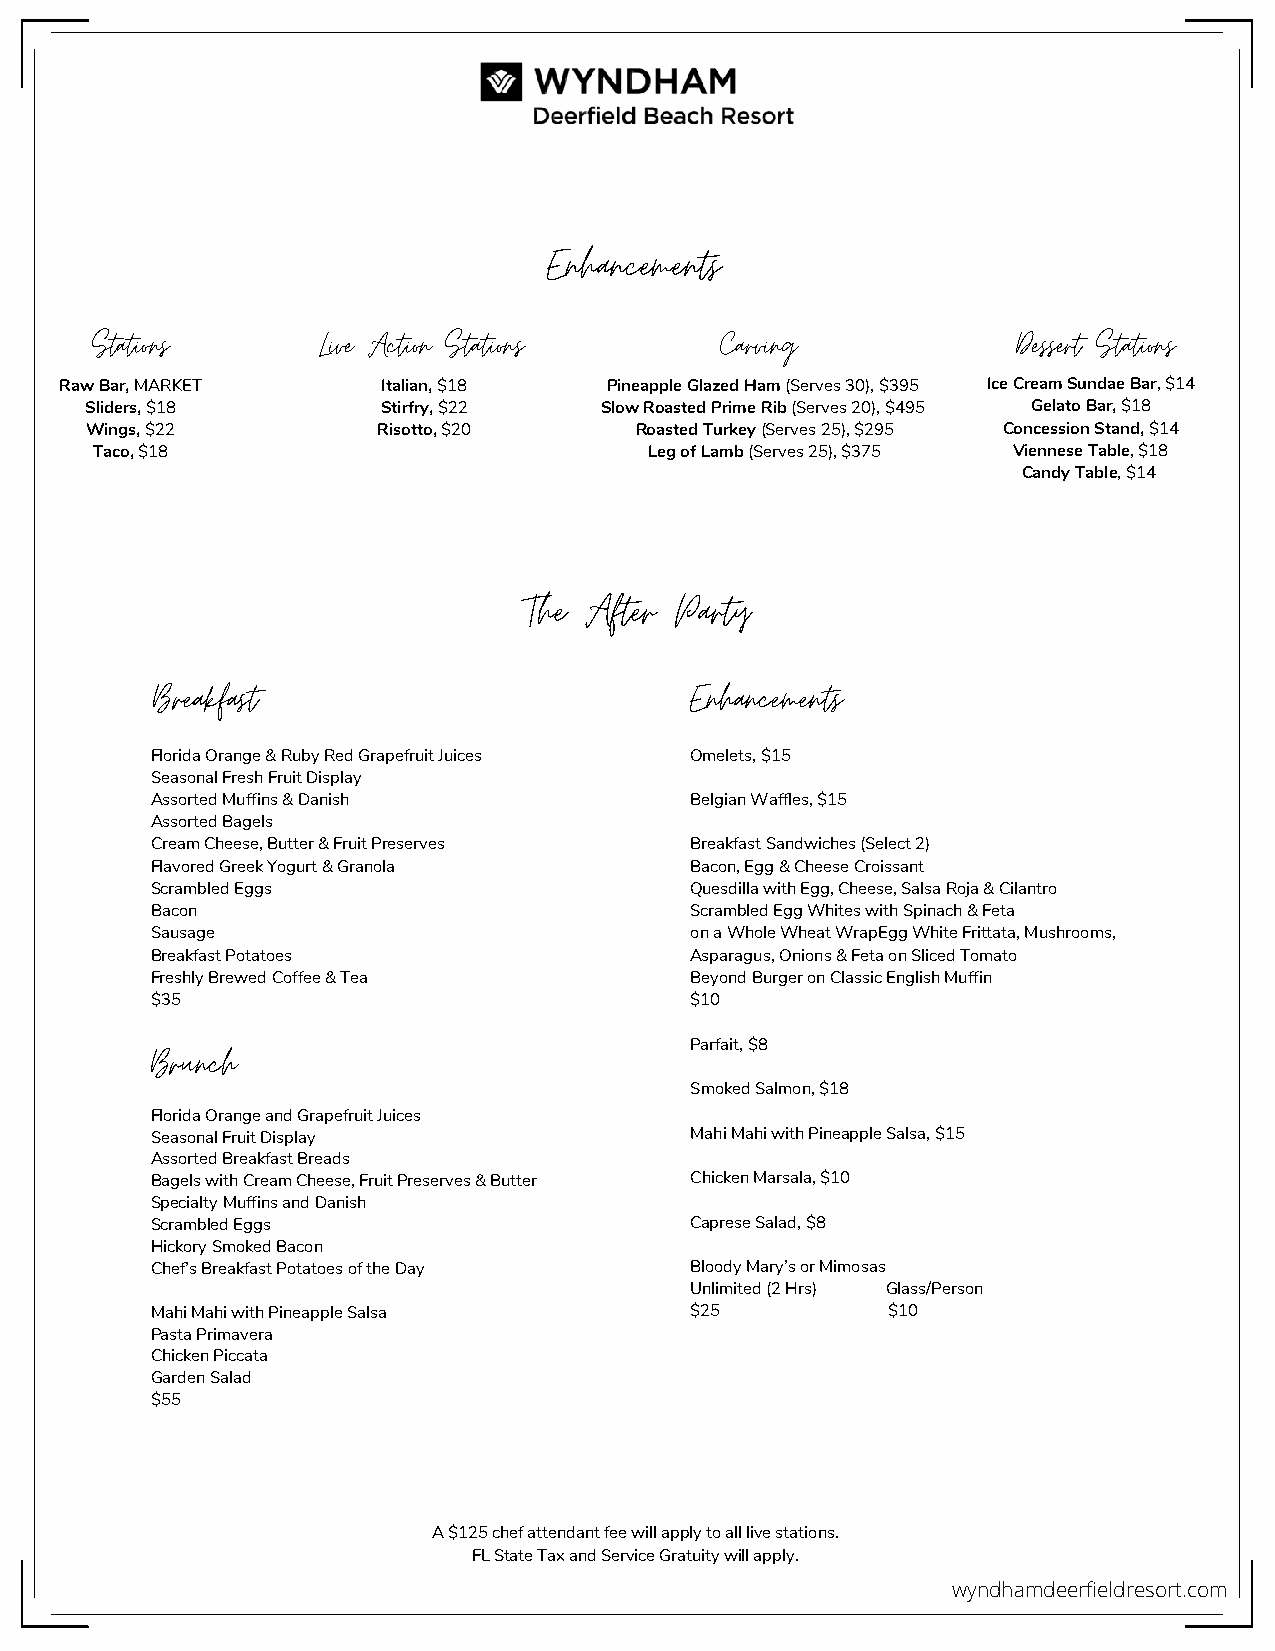
Enhancements
 Stations       Live Action Stations       Carving            Dessert Stations
 Raw Bar, MARKET      Italian, $18   Pineapple Glazed Ham (Serves 30), $395 Ice Cream Sundae Bar, $14
 Sliders, $18       Stirfry, $22   Slow Roasted Prime Rib (Serves 20), $495 Gelato Bar, $18
 Wings, $22         Risotto, $20     Roasted Turkey (Serves 25), $295 Concession Stand, $14
 Taco, $18                            Leg of Lamb (Serves 25), $375 Viennese Table, $18
 Candy Table, $14
 The After Party
 Breakfast                           Enhancements
 Florida Orange & Ruby Red Grapefruit Juices Omelets, $15
 Seasonal Fresh Fruit Display
 Assorted Muffins & Danish           Belgian Waffles, $15
 Assorted Bagels
 Cream Cheese, Butter & Fruit Preserves Breakfast Sandwiches (Select 2)
 Flavored Greek Yogurt & Granola     Bacon, Egg & Cheese Croissant
 Scrambled Eggs                      Quesdilla with Egg, Cheese, Salsa Roja & Cilantro
 Bacon                               Scrambled Egg Whites with Spinach & Feta
 Sausage                             on a Whole Wheat WrapEgg White Frittata, Mushrooms,
 Breakfast Potatoes                  Asparagus, Onions & Feta on Sliced Tomato
 Freshly Brewed Coffee & Tea         Beyond Burger on Classic English Muffin
 $35                                 $10
 Parfait, $8
 Brunch
 Smoked Salmon, $18
 Florida Orange and Grapefruit Juices
 Seasonal Fruit Display              Mahi Mahi with Pineapple Salsa, $15
 Assorted Breakfast Breads
 Bagels with Cream Cheese, Fruit Preserves & Butter Chicken Marsala, $10
 Specialty Muffins and Danish
 Scrambled Eggs                      Caprese Salad, $8
 Hickory Smoked Bacon
 Chef’s Breakfast Potatoes of the Day Bloody Mary’s or Mimosas
 Unlimited (2 Hrs) Glass/Person
 Mahi Mahi with Pineapple Salsa      $25          $10
 Pasta Primavera
 Chicken Piccata
 Garden Salad
 $55
 A $125 chef attendant fee will apply to all live stations.
 FL State Tax and Service Gratuity will apply.
 wyndhamdeerfieldresort.com